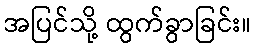
အပြင်သို့ ထွက်ခွာခြင်း။